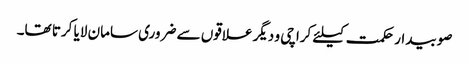
صوبیدار حکمت کیلئے کراچی و دیگر علاقوں سے ضروری سامان لایا کرتا تھا۔